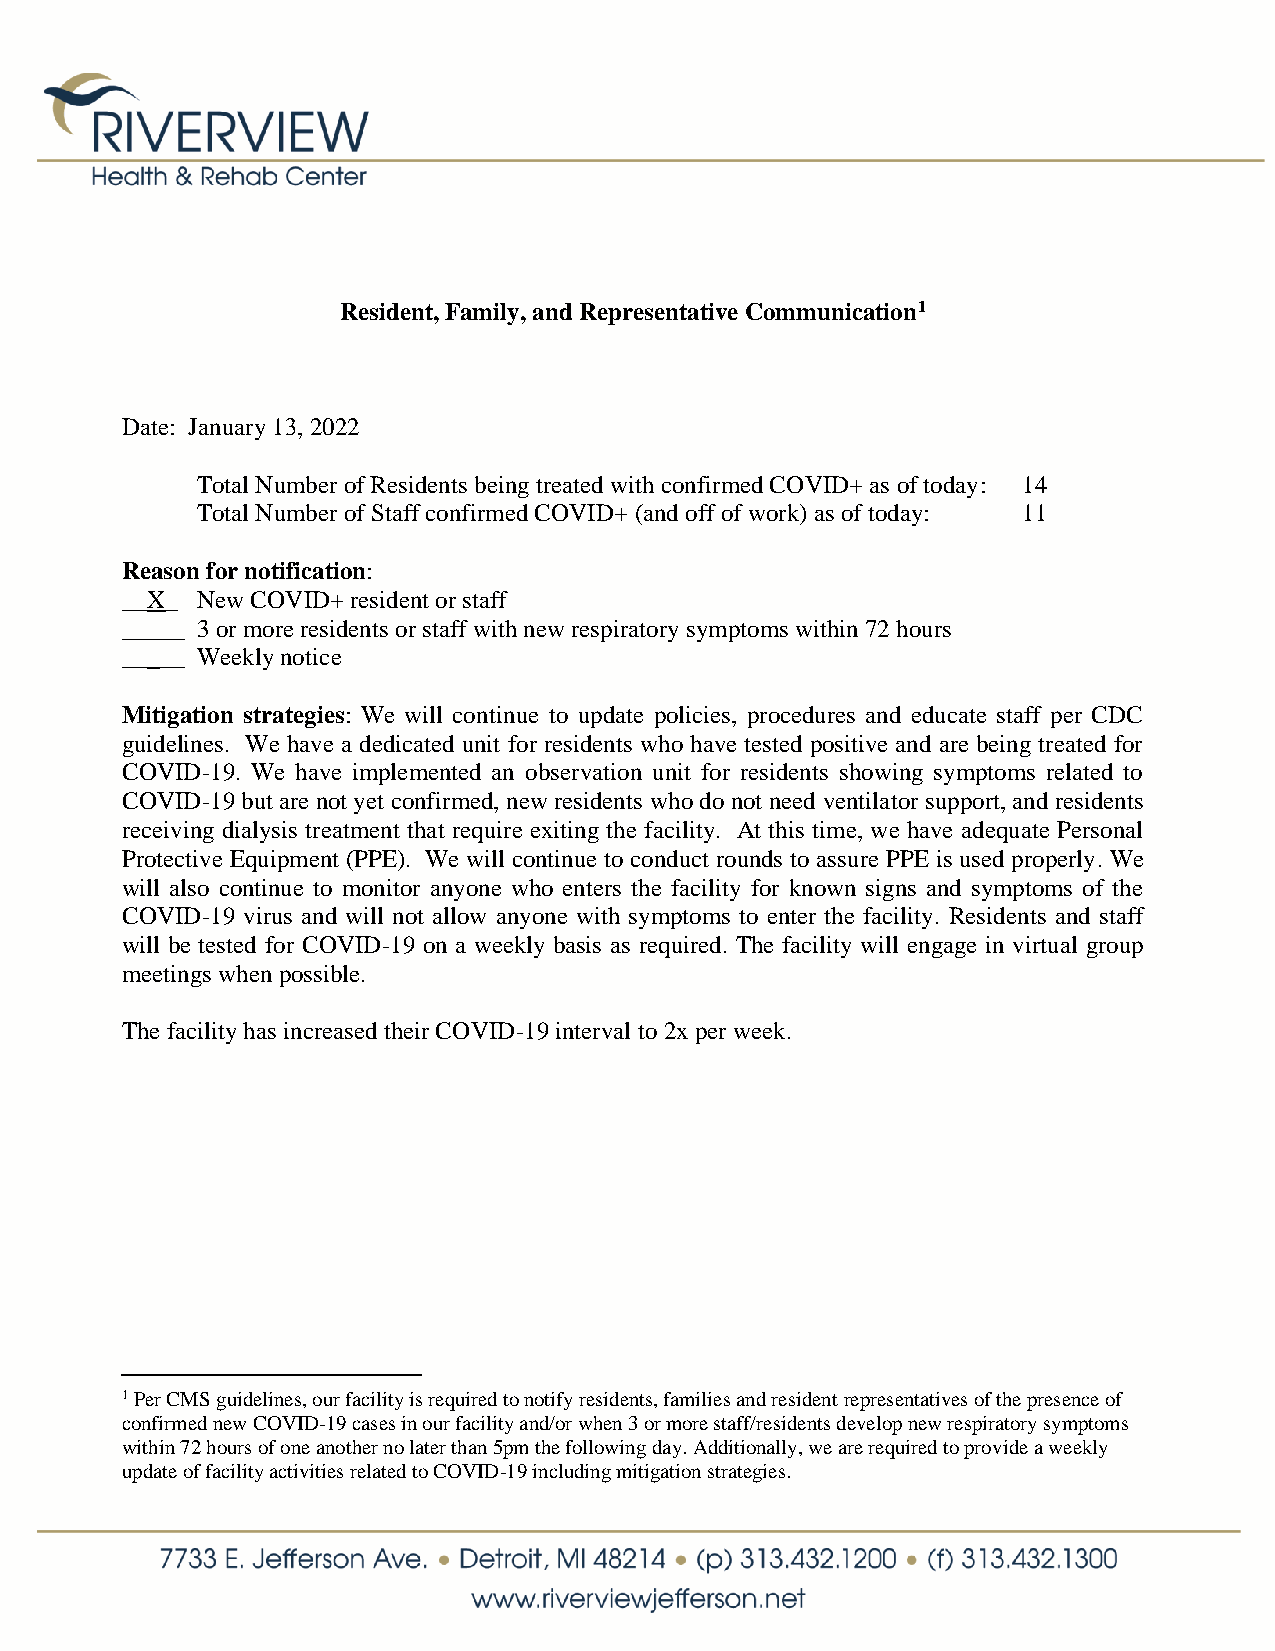
Resident, Family, and Representative Communication1
 Date: January 13, 2022
 Total Number of Residents being treated with confirmed COVID+ as of today: 14
 Total Number of Staff confirmed COVID+ (and off of work) as of today: 11
 Reason for notification:
 __X_ New COVID+ resident or staff
 _____ 3 or more residents or staff with new respiratory symptoms within 72 hours
 _____ Weekly notice
 Mitigation strategies: We will continue to update policies, procedures and educate staff per CDC
 guidelines. We have a dedicated unit for residents who have tested positive and are being treated for
 COVID-19. We have implemented an observation unit for residents showing symptoms related to
 COVID-19 but are not yet confirmed, new residents who do not need ventilator support, and residents
 receiving dialysis treatment that require exiting the facility. At this time, we have adequate Personal
 Protective Equipment (PPE). We will continue to conduct rounds to assure PPE is used properly. We
 will also continue to monitor anyone who enters the facility for known signs and symptoms of the
 COVID-19 virus and will not allow anyone with symptoms to enter the facility. Residents and staff
 will be tested for COVID-19 on a weekly basis as required. The facility will engage in virtual group
 meetings when possible.
 The facility has increased their COVID-19 interval to 2x per week.
 1 Per CMS guidelines, our facility is required to notify residents, families and resident representatives of the presence of
 confirmed new COVID-19 cases in our facility and/or when 3 or more staff/residents develop new respiratory symptoms
 within 72 hours of one another no later than 5pm the following day. Additionally, we are required to provide a weekly
 update of facility activities related to COVID-19 including mitigation strategies.